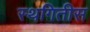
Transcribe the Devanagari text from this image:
स्थगितीस